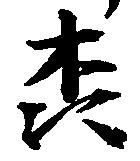
森